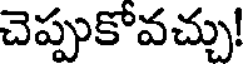
చెప్పుకోవచ్చు!